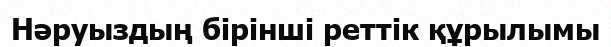
Нәруыздың бірінші реттік құрылымы